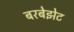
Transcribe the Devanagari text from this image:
बरबेझेट